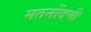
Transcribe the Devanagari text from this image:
मतनोंदणी